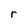
Character: r